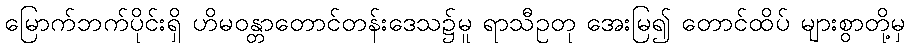
မြောက်ဘက်ပိုင်းရှိ ဟိမဝန္တာတောင်တန်းဒေသ၌မူ ရာသီဥတု အေးမြ၍ တောင်ထိပ် များစွာတို့မှ